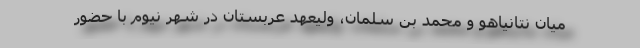
میان نتانیاهو و محمد بن سلمان، ولیعهد عربستان در شهر نیوم با حضور